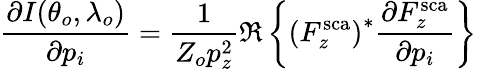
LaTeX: \frac{\partial I(\theta_{o},\lambda_{o})}{\partial p_{i}}=\frac{1}{Z_{o}p_{z}^{2}}\Re\left\{ \left(F_{z}^{\mathrm{sca}}\right)^{*}\frac{\partial F_{z}^{\mathrm{sca}}}{\partial p_{i}}\right\}